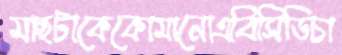
মাছটাকেকোমানোএবিসিডিচা